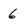
Character: 6